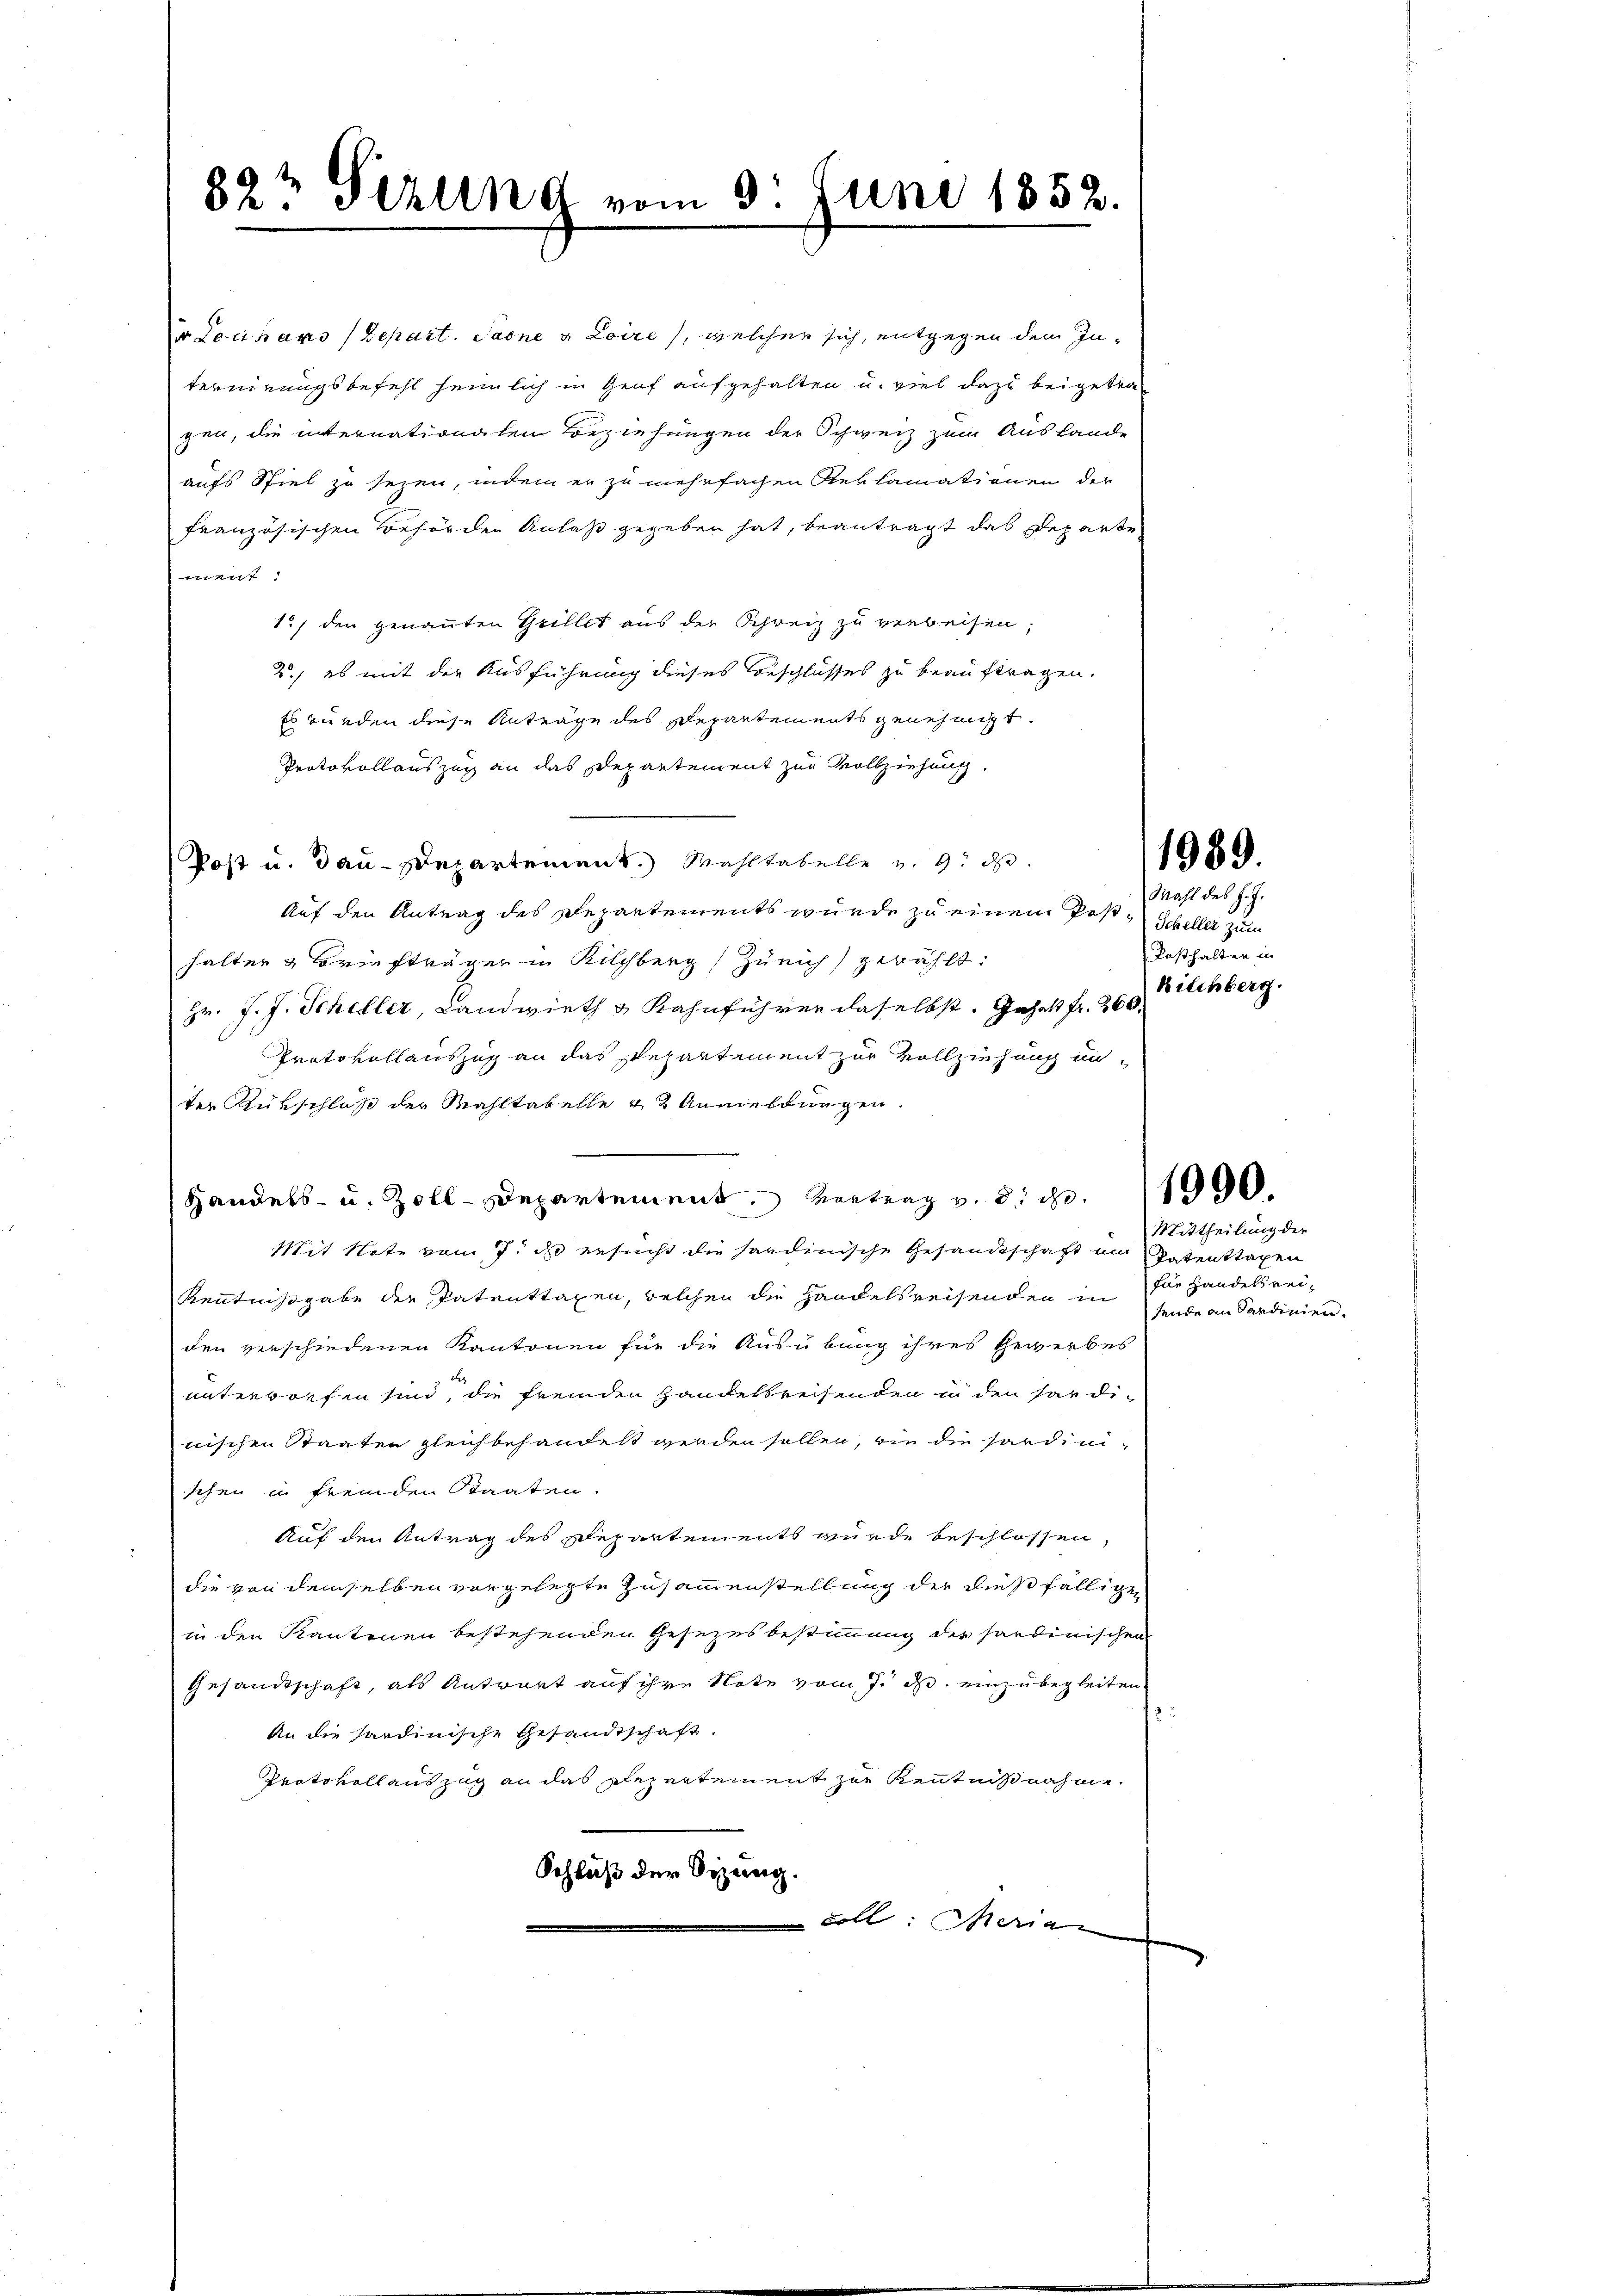
82½ Sizung vom 3. Juni 1852.

er Lausans (Depart. Sarne a Loire, welcher sich, entgegen dem Internirungsbefehl heimlich in Genf aufgehalten u. viel dazu beigetragen, die internationalen Beziehungen der Schweiz zum Auslande
aufs Spiel zu seyen, indem er zu mehrfachen Reklamationen der
französischen Behörden Anlaß gegeben hat, beantragt das Departe
went
1.) den genannten Grillet aus der Schreiz zu verbeisen,
2.) es mit der Ausführung dieses Beschlusses zu beauftragen.
Es wurden diese Anträge des Departements genehmigt.
Protokollauszug an das Departement zur Vollziehung.
Post u. Bau-Departement.) Wahltabelle v. 9. d.
Auf den Antrag des Departements wurde zu einem Post-Scheller zum
halter & Briefträger in Kilchberg Zürich gewählt:
Hr. J. J. Scheller, Landwirth & Kahnführen daselbst. Gehalt fr. 260.
Protokollauszug an das Repartement zur Vollziehung unter Rükschluß der Mahltabelle 42 Anmeldungen.
Handels- u. Zoll-Departement, Vertrag v. 3. d. 11000.
Mit Note vom 7. d. gesucht die sardinische Gesandtschaft im Patenttagen
Kenntnißgabe der Patenttaxen, welchen die Handelsreisenden in für Handelsrei-
den verschiedenen Kantonen für die Ausübung ihres Gewerbes
unterbrefen sind, die fremden Handelsreisenden in den händinischen Staaten gleichbehandelt werden sollen, wie die sardinischen in fremden Staaten.
Auf den Antrag des Departements wurde beschlossen,
die von demselben vorgelegte Zusammenstellung der dießfälligen
in den Kantonen bestehenden Gesezesbestimmung der sardinischen
Gesandtschaft, als Antwort auf ihre Note vom 7. d. einzubegleiten
An die Sardinische Gesandtschaft.
Protokollauszug an das Repartement zur Kenntnißnahme.
Schluß der Sitzung.
coll: Merian

1989.

Mahl des J. J.
Posthalter in
Bilchberg.

Mittheilung der
sende an Sardinien.